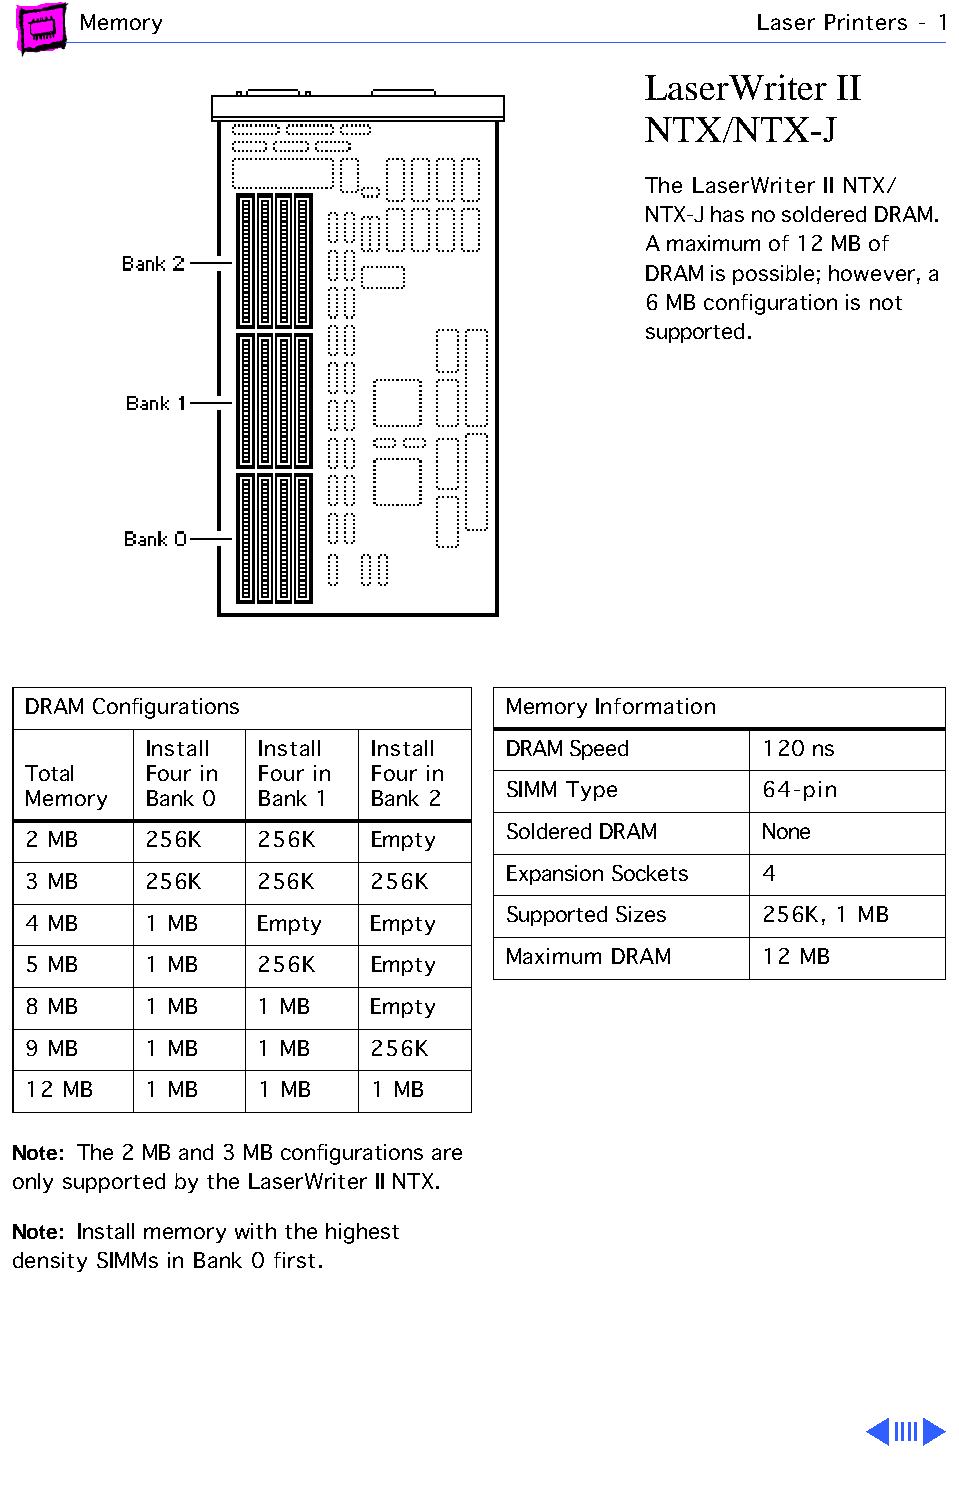
Memory                                       Laser Printers - 1
 LaserWriter  II
 NTX/NTX-J
 The LaserWriter II NTX/
 NTX-J has no soldered DRAM.
 A maximum of 12 MB of
 DRAM is possible; however, a
 6 MB configuration is not
 supported.
 DRAM Configurations             Memory Information
 Install Install Install DRAM Speed       120 ns
 Total   Four in Four in Four in
 SIMM Type        64-pin
 Memory  Bank 0  Bank 1 Bank 2
 Soldered DRAM    None
 2 MB    256K    256K   Empty
 Expansion Sockets 4
 3 MB    256K    256K   256K
 Supported Sizes  256K, 1 MB
 4 MB    1 MB    Empty  Empty
 Maximum DRAM     12 MB
 5 MB    1 MB    256K   Empty
 8 MB    1 MB    1 MB   Empty
 9 MB    1 MB    1 MB   256K
 12 MB   1 MB    1 MB   1 MB
 Note: The 2 MB and 3 MB configurations are
 only supported by the LaserWriter II NTX.
 Note: Install memory with the highest
 density SIMMs in Bank 0 first.